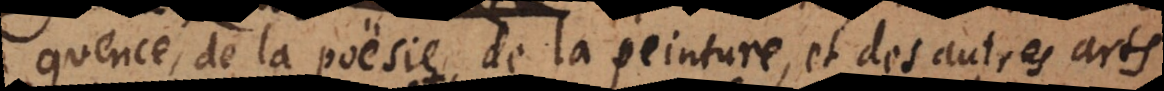
quence, de la poësie, de la peinture, et des autres arts